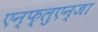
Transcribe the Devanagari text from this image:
एन्फ्लुएन्जा